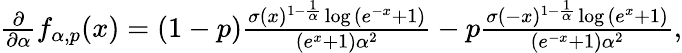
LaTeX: \begin{array}{r}{\frac{\partial}{\partial\alpha}f_{\alpha,p}(x)=(1-p)\frac{\sigma(x)^{1-\frac{1}{\alpha}}\log{\left(e^{-x}+1\right)}}{(e^{x}+1)\alpha^{2}}-p\frac{\sigma(-x)^{1-\frac{1}{\alpha}}\log{(e^{x}+1)}}{(e^{-x}+1)\alpha^{2}},}\end{array}